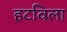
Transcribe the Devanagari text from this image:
हटविला